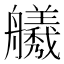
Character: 𫇣